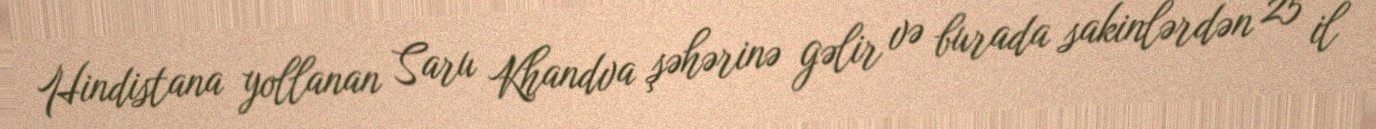
Hindistana yollanan Saru Khandva şəhərinə gəlir və burada sakinlərdən 25 il